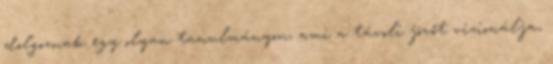
dolgoznak egy olyan tanulmányon, ami a távoli jövőt vizionálja,